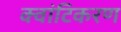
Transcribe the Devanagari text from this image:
क्वांटिकरण